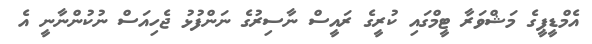
އެމްޑީޕީގެ މަޝްވަރާ ޓީމްގައި ކުރީގެ ރައީސް ނާސިރުގެ ނަންފުޅު ޖެހިއަސް ނުކުންނާނީ އެ